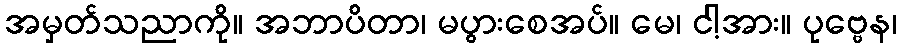
အမှတ်သညာကို။ အဘာပိတာ၊ မပွားစေအပ်။ မေ၊ ငါ့အား။ ပုဗ္ဗေန၊